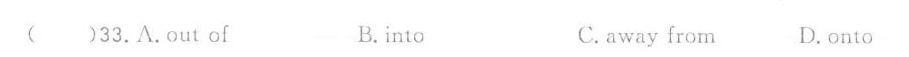
( )33.A.Out of B. into C.away from D.Onto